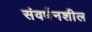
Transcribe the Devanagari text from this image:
संवर्धनशील